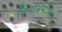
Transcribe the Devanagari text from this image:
शिरोभ्रमाला